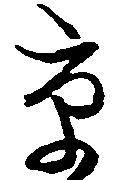
京